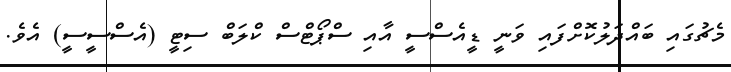
މެޗުގައި ބައްދަލުކޮށްފައި ވަނީ ޑީއެސްސީ އާއި ސްޕޯޓްސް ކްލަބް ސިޓީ (އެސްސީސީ) އެވެ.